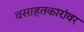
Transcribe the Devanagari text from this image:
वसाहतकारांवर